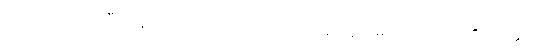
ကျောက်ညိုဖြင့် ပြီးကုန်သော။ ပတ္တေ၊ သပိတ်တို့ကို။ ဥပနာမေသုံ၊ ကပ်ကုန်၏။ သတ္ထာ၊